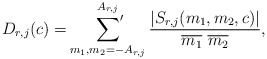
\begin{align*}D_{r,j}(c)=\sideset{}{'}\sum_{m_1,m_2=-A_{r,j}}^{A_{r,j}} \frac{|S_{r,j}(m_1,m_2,c)|}{\overline{m_1}\ \overline{m_2}},\end{align*}